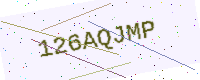
Text: 126AQJMP